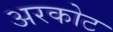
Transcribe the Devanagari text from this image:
अरकोट